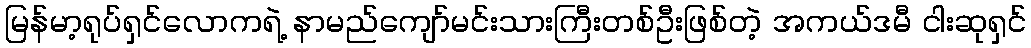
မြန်မာ့ရုပ်ရှင်လောကရဲ့ နာမည်ကျော်မင်းသားကြီးတစ်ဦးဖြစ်တဲ့ အကယ်ဒမီ ငါးဆုရှင်